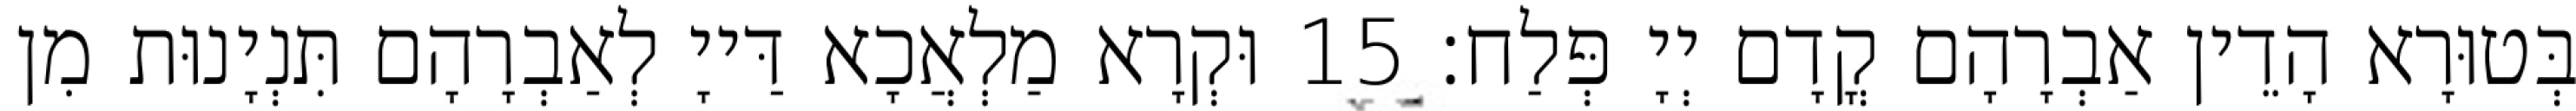
בְּטוּרָא הָדֵין אַבְרָהָם קֳדָם יְיָ פְּלַח׃ 15 וּקְרָא מַלְאֲכָא דַּייָ לְאַבְרָהָם תִּנְיָנוּת מִן